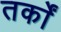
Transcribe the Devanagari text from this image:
तर्काें